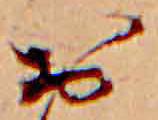
お